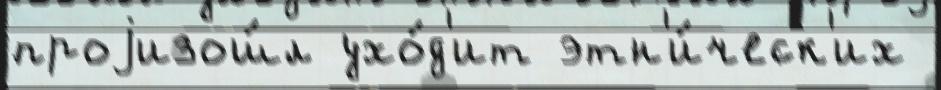
проjизош́л ухо́д'ит этн'и́ческ'их